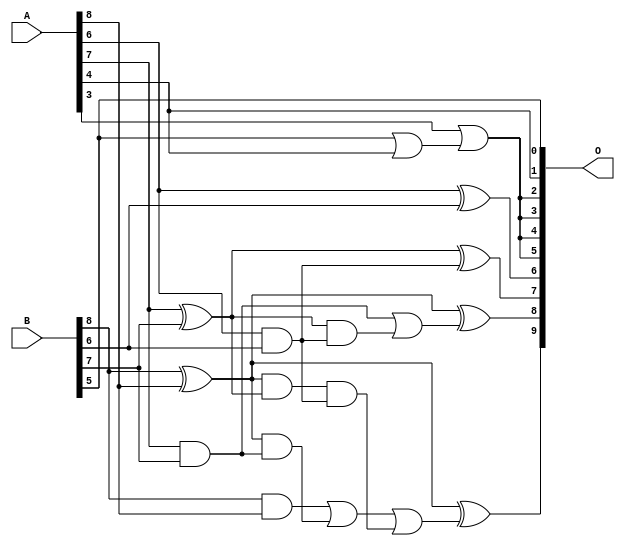
// This program was cloned from: https://github.com/ehw-fit/evoapproxlib
// License: MIT License

/***
* This code is a part of EvoApproxLib library (ehw.fit.vutbr.cz/approxlib) distributed under The MIT License.
* When used, please cite the following article(s): V. Mrazek, L. Sekanina, Z. Vasicek "Libraries of Approximate Circuits: Automated Design and Application in CNN Accelerators" IEEE Journal on Emerging and Selected Topics in Circuits and Systems, Vol 10, No 4, 2020 
* This file contains a circuit from a sub-set of pareto optimal circuits with respect to the pwr and mre parameters
***/
// MAE% = 4.30 %
// MAE = 22 
// WCE% = 13.67 %
// WCE = 70 
// WCRE% = 6500.00 %
// EP% = 98.61 %
// MRE% = 38.51 %
// MSE = 729 
// PDK45_PWR = 0.012 mW
// PDK45_AREA = 34.3 um2
// PDK45_DELAY = 0.24 ns

module add9se_0AY (
    A,
    B,
    O
);

input [8:0] A;
input [8:0] B;
output [9:0] O;

wire sig_18,sig_29,sig_30,sig_31,sig_32,sig_33,sig_35,sig_46,sig_47,sig_48,sig_57,sig_58,sig_59,sig_66,sig_67,sig_72,sig_74,sig_75,sig_76;

assign sig_18 = B[8] & A[8];
assign sig_29 = B[8] ^ A[8];
assign sig_30 = A[6] & B[6];
assign sig_31 = A[6] ^ B[6];
assign sig_32 = A[7] & B[7];
assign sig_33 = A[7] ^ B[7];
assign sig_35 = A[8] ^ B[8];
assign sig_46 = sig_35 & sig_32;
assign sig_47 = sig_35 & sig_33;
assign sig_48 = sig_18 | sig_46;
assign sig_57 = B[5] | A[4];
assign sig_58 = sig_47 & sig_30;
assign sig_59 = sig_48 | sig_58;
assign sig_66 = sig_33 & sig_30;
assign sig_67 = sig_32 | sig_66;
assign sig_72 = A[3] | sig_57;
assign sig_74 = sig_33 ^ sig_30;
assign sig_75 = sig_29 ^ sig_67;
assign sig_76 = sig_35 ^ sig_59;

assign O[9] = sig_76;
assign O[8] = sig_75;
assign O[7] = sig_74;
assign O[6] = sig_31;
assign O[5] = sig_72;
assign O[4] = sig_72;
assign O[3] = sig_72;
assign O[2] = sig_72;
assign O[1] = A[4];
assign O[0] = B[5];

endmodule